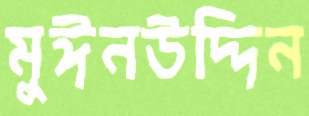
মুঈনউদ্দিন